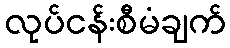
လုပ်ငန်းစီမံချက်